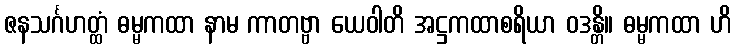
ဇနသင်္ဂဟတ္ထံ ဓမ္မကထာ နာမ ကာတဗ္ဗာ ယေဝါတိ အဋ္ဌကထာစရိယာ ဝဒန္တိ။ ဓမ္မကထာ ဟိ